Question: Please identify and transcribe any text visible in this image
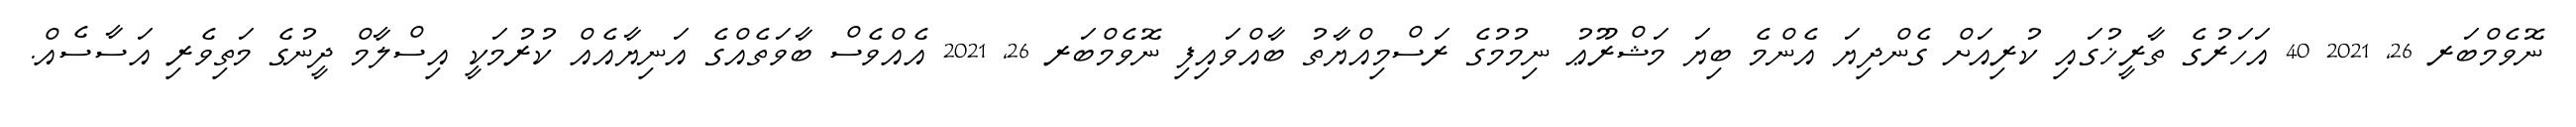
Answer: ނޮވެމްބަރ 26, 2021 40 އަހަރުގެ ތާރީޚުގައި ކުރިއަށް ގެންދިޔަ އެންމެ ބިޔަ މަޝްރޫޢު ނިމުމުގެ ރަސްމިއްޔާތު ބާއްވައިފި ނޮވެމްބަރ 26, 2021 އެއްވެސް ބާވަތެއްގެ އަނިޔާއެއް ކުރުމަކީ އިސްލާމް ދީނުގެ މަތިވެރި އަސާސެއް.